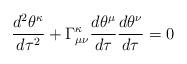
LaTeX: \begin{align*}\frac{d^{2}\theta^{\kappa}}{d\tau^{2}}+\Gamma_{\mu\nu}^{\kappa}\frac{d\theta^{\mu}}{d\tau}\frac{d\theta^{\nu}}{d\tau}=0 \end{align*}